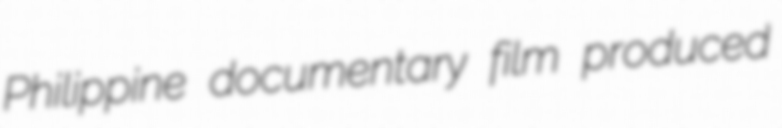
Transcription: Philippine documentary film produced